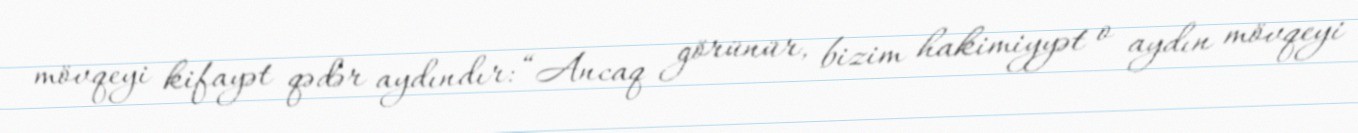
mövqeyi kifayət qədər aydındır: “Ancaq görünür, bizim hakimiyyət o aydın mövqeyi